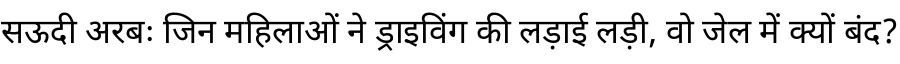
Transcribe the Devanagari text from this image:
सऊदी अरबः जिन महिलाओं ने ड्राइविंग की लड़ाई लड़ी, वो जेल में क्यों बंद?